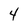
Character: 4